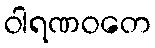
ဝါရဏဝတေ